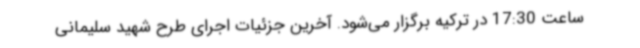
ساعت 17:30 در ترکیه برگزار می‌شود. آخرین جزئیات اجرای طرح شهید سلیمانی